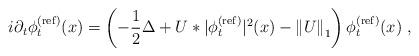
LaTeX: \begin{align*} i\partial_{t}\phi_{t}^{(\mathrm{ref})}(x) = \left( -\frac{1}{2}\Delta +U*|\phi_{t}^{(\mathrm{ref})}|^{2}(x) -\left\Vert U\right\Vert _{1} \right) \phi_{t}^{(\mathrm{ref})}(x)\;,\end{align*}